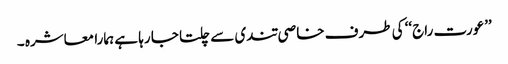
’’عورت راج‘‘ کی طرف خاصی تندی سے چلتا جا رہا ہے ہمارا معاشرہ ۔